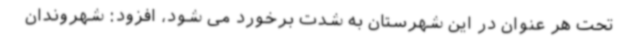
تحت هر عنوان در این شهرستان به شدت برخورد می شود، افزود: شهروندان